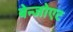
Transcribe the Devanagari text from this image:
बेन्जोएट